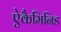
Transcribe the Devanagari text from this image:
ऐकैमिनिड